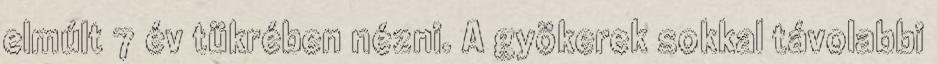
elmúlt 7 év tükrében nézni. A gyökerek sokkal távolabbi